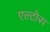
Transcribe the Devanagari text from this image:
एल्टोस